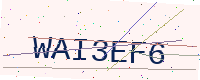
Text: WAI3EF6